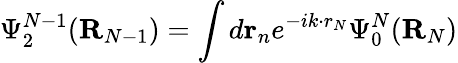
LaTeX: \Psi_{2}^{N-1}({\mathbf R}_{N-1})=\int d{\mathbf r}_{n}e^{-ik\cdot r_{N}}\Psi_{0}^{N}({\mathbf R}_{N})